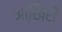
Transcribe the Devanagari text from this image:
आखि़री